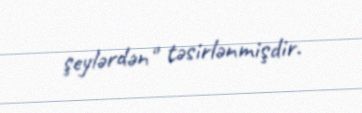
şeylərdən" təsirlənmişdir.